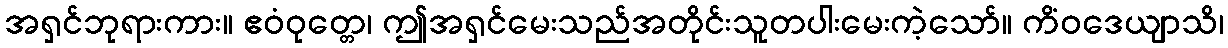
အရှင်ဘုရားကား။ ဧဝံဝုတ္တေ၊ ဤအရှင်မေးသည်အတိုင်းသူတပါးမေးကဲ့သော်။ ကိံဝဒေယျာသိ၊